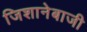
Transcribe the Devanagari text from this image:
जिशानेबाजी